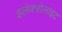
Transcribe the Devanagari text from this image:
इलेक्त्रोलाइट